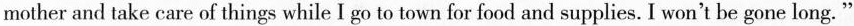
mother and take care of things while I go to town for food and supplies. I won't be gone long."